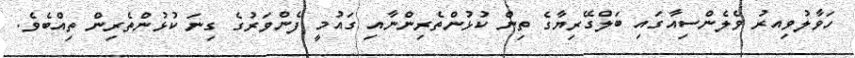
ހަވާލުވިއރު ވެލެންސިއާގައި ބަލްގޭރިޔާގެ ތިން ކުޅުންތެރިންނާއި ގައުމީ ފެންވަރުގެ ގިނަ ކުޅުންތެރިން ތިއްބެވެ.